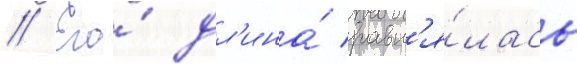
// Его́ дл'ина́ равн'я́лась